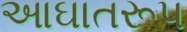
આઘાતરૂપ